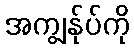
အကျွန်ုပ်ကို